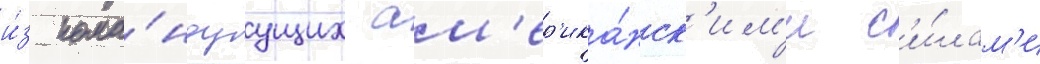
и́з кома́ндуущих ам'ер'ика́нск'им'и с'и́лам'и